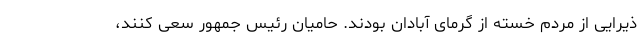
ذیرایی از مردم خسته از گرمای آبادان بودند. حامیان رئیس جمهور سعی کنند،